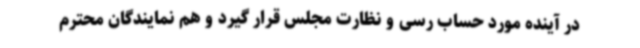
در آینده مورد حساب رسی و نظارت مجلس قرار گیرد و هم نمایندگان محترم